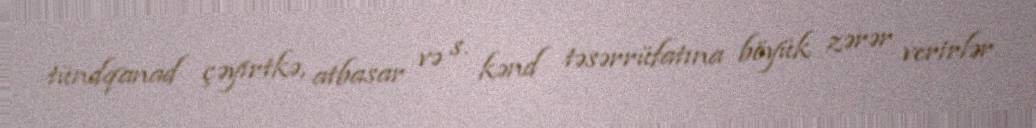
tündqanad çəyirtkə, atbasar və s. kənd təsərrüfatına böyük zərər verirlər.